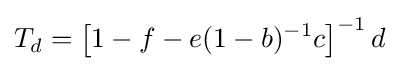
T_{d}=\left[1-f-e(1-b)^{-1}c\right]^{-1}d